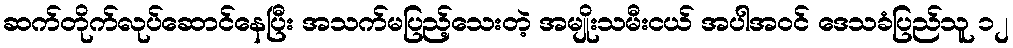
ဆက်တိုက်လုပ်ဆောင်နေပြီး အသက်မပြည့်သေးတဲ့ အမျိုးသမီးငယ် အပါအဝင် ဒေသခံပြည်သူ ၁၂